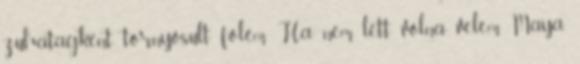
zuhatagként tornyosult fölém. Ha nem lett volna velem Maya,